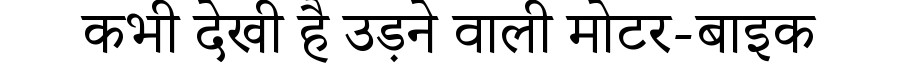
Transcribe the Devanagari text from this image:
कभी देखी है उड़ने वाली मोटर-बाइक